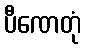
ပီဏေတုံ